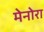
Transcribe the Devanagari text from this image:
मेनोरा